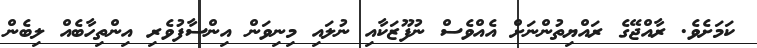
ކަމަށެވެ. ރާއްޖޭގެ ރައްޔިތުންނަށް އެއްވެސް ނުފޫޒަކާއި ނުލައި މިނިވަން އިންސާފުވެރި އިންތިހާބެއް ލިބެން